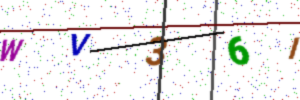
Text: WV36I